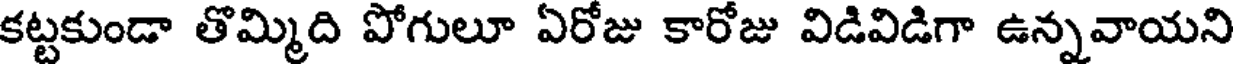
కట్టకుండా తొమ్మిది పోగులూ ఏరోజు కారోజు విడివిడిగా ఉన్నవాయని